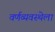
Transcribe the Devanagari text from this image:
वर्णव्यवस्थेला